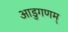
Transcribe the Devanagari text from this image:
आडुगणम्